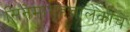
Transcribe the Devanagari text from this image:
सिनेमागृहचालकांचे